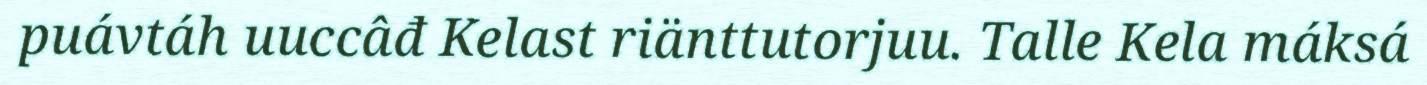
puávtáh uuccâđ Kelast riänttutorjuu. Talle Kela máksá